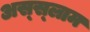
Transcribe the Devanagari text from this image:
अस्‍स्‍लाम